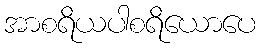
အာစရိယပါစရိယောပေ